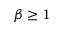
\beta \geq 1